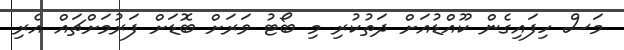
މަސް ހިފައިގެން ކޫއްޑުއަށް ދަތުކުރި މި ބޯޓު ވަރަށް ބޮޑަށް ފަރުމަށްޗައް އެރި